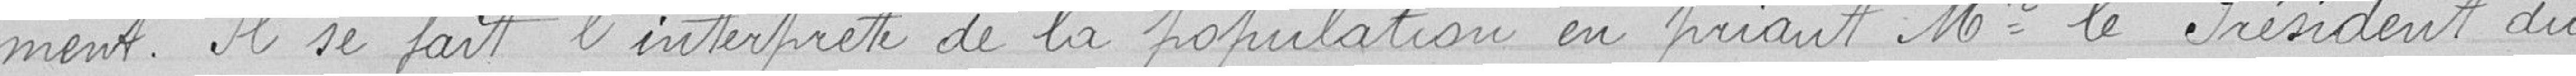
ment. Il se fait l'interprète de la population en priant Mr. le Président du